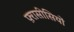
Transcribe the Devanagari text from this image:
फ़्रासीसियों